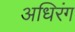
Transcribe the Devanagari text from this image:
अधिरंग